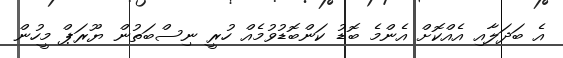
އެ ބަދަލާއި އެއްކޮށް އެންމެ ބޮޑު ކަންބޮޑުވުމެއް ހުރީ ނިސްބަތުން ޔޫރަޕް މީހުން